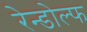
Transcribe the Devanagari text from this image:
रेन्डोल्फ